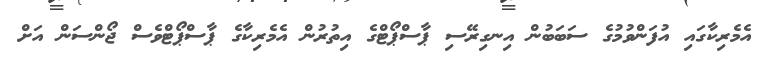
އެމެރިކާގައި އުފަންވުމުގެ ސަބަބުން އިނގިރޭސި ޕާސްޕޯޓްގެ އިތުރުން އެމެރިކާގެ ޕާސްޕޯޓްވެސް ޖޯންސަން އަށް